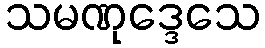
သမဏုဒ္ဒေသေ